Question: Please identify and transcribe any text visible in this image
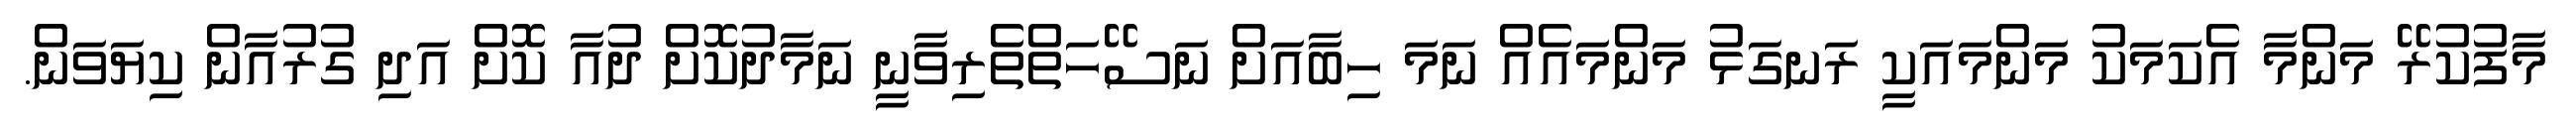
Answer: މާފުކުރޭ މަންމާ އެކަމަކު މަންމައަކީ ރަނގަޅު މަންމައެއް ނަމަ ހިބާއަށް ނަސޭހަތްތެރިވާނީ ނަމާދުކޮށް ދުއާ ކޮށް އަދި ގުރުއާން ކިޔަވަން.